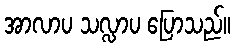
အာလာပ သလ္လာပ ပြောသည်။